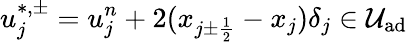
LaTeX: u_{j}^{\ast,\pm}=u_{j}^{n}+2(x_{{j\pm\frac{1}{2}}}-x_{j})\delta_{j}\in\mathcal{U}_{\textrm{ad}}